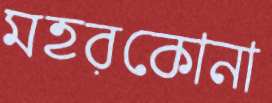
মহরকোনা